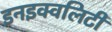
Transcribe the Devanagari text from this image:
इनइक्वलिटी